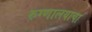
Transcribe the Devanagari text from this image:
रुग्णालयाचा